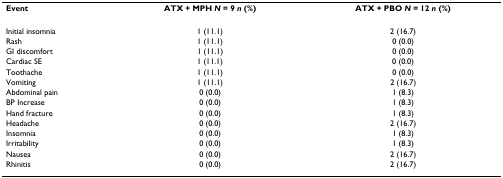
<table><thead><tr><td><b>Event</b></td><td><b>ATX + MPH <i>N </i>= 9 <i>n </i>(%)</b></td><td><b>ATX + PBO <i>N </i>= 12 <i>n </i>(%)</b></td></tr></thead><tbody><tr><td>Initial insomnia</td><td>1 (11.1)</td><td>2 (16.7)</td></tr><tr><td>Rash</td><td>1 (11.1)</td><td>0 (0.0)</td></tr><tr><td>GI discomfort</td><td>1 (11.1)</td><td>0 (0.0)</td></tr><tr><td>Cardiac SE</td><td>1 (11.1)</td><td>0 (0.0)</td></tr><tr><td>Toothache</td><td>1 (11.1)</td><td>0 (0.0)</td></tr><tr><td>Vomiting</td><td>1 (11.1)</td><td>2 (16.7)</td></tr><tr><td>Abdominal pain</td><td>0 (0.0)</td><td>1 (8.3)</td></tr><tr><td>BP Increase</td><td>0 (0.0)</td><td>1 (8.3)</td></tr><tr><td>Hand fracture</td><td>0 (0.0)</td><td>1 (8.3)</td></tr><tr><td>Headache</td><td>0 (0.0)</td><td>2 (16.7)</td></tr><tr><td>Insomnia</td><td>0 (0.0)</td><td>1 (8.3)</td></tr><tr><td>Irritability</td><td>0 (0.0)</td><td>1 (8.3)</td></tr><tr><td>Nausea</td><td>0 (0.0)</td><td>2 (16.7)</td></tr><tr><td>Rhinitis</td><td>0 (0.0)</td><td>2 (16.7)</td></tr></tbody></table>